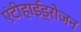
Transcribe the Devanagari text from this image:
एंटीहाईड्रोजन